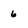
Character: 6